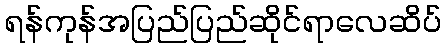
ရန်ကုန်အပြည်ပြည်ဆိုင်ရာလေဆိပ်